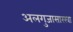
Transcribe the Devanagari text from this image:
अलगुजासारखा